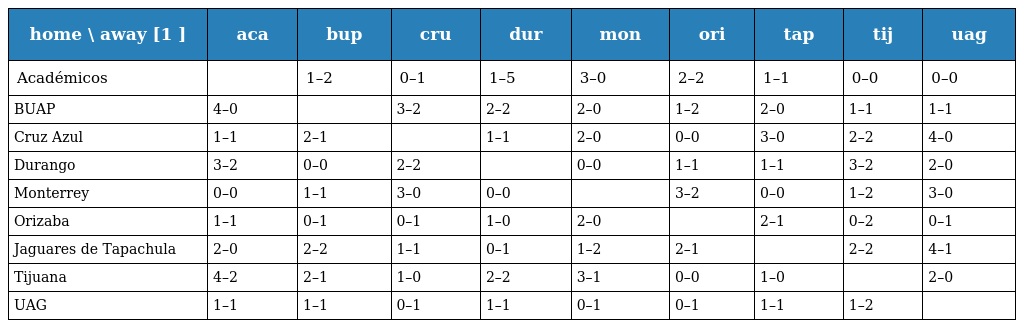
| home \ away [1 ] | aca | bup | cru | dur | mon | ori | tap | tij | uag |
 | --- | --- | --- | --- | --- | --- | --- | --- | --- | --- |
 | Académicos |  | 1–2 | 0–1 | 1–5 | 3–0 | 2–2 | 1–1 | 0–0 | 0–0 |
 | BUAP | 4–0 |  | 3–2 | 2–2 | 2–0 | 1–2 | 2–0 | 1–1 | 1–1 |
 | Cruz Azul | 1–1 | 2–1 |  | 1–1 | 2–0 | 0–0 | 3–0 | 2–2 | 4–0 |
 | Durango | 3–2 | 0–0 | 2–2 |  | 0–0 | 1–1 | 1–1 | 3–2 | 2–0 |
 | Monterrey | 0–0 | 1–1 | 3–0 | 0–0 |  | 3–2 | 0–0 | 1–2 | 3–0 |
 | Orizaba | 1–1 | 0–1 | 0–1 | 1–0 | 2–0 |  | 2–1 | 0–2 | 0–1 |
 | Jaguares de Tapachula | 2–0 | 2–2 | 1–1 | 0–1 | 1–2 | 2–1 |  | 2–2 | 4–1 |
 | Tijuana | 4–2 | 2–1 | 1–0 | 2–2 | 3–1 | 0–0 | 1–0 |  | 2–0 |
 | UAG | 1–1 | 1–1 | 0–1 | 1–1 | 0–1 | 0–1 | 1–1 | 1–2 |  |